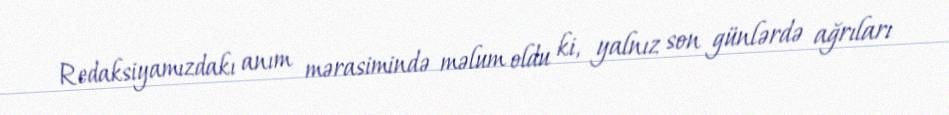
Redaksiyamızdakı anım mərasimində məlum oldu ki, yalnız son günlərdə ağrıları